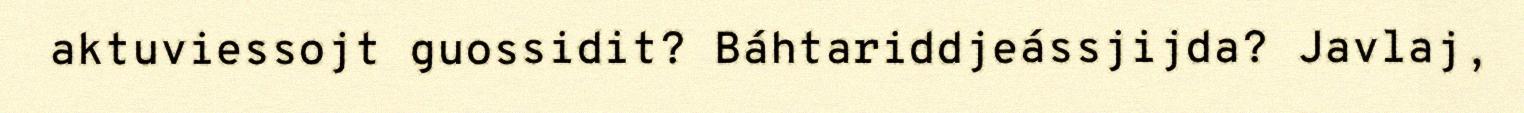
aktuviessojt guossidit? Báhtariddjeássjijda? Javlaj,